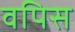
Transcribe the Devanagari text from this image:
वपिस